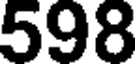
598